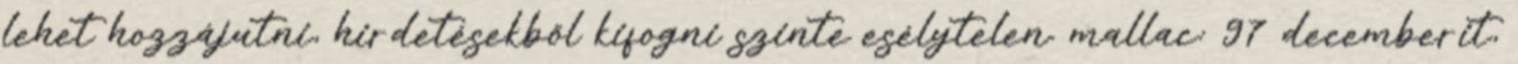
lehet hozzájutni, hirdetésekből kifogni szinte esélytelen. mallac: 97 decemberit,